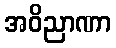
အဝိညာဏာ